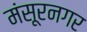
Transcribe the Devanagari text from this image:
मंसूरनगर